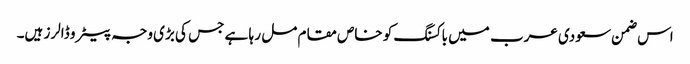
اس ضمن سعودی عرب میں باکسنگ کو خاص مقام مل ر ہا ہے جس کی بڑی وجہ پیٹرو ڈالرز ہیں۔